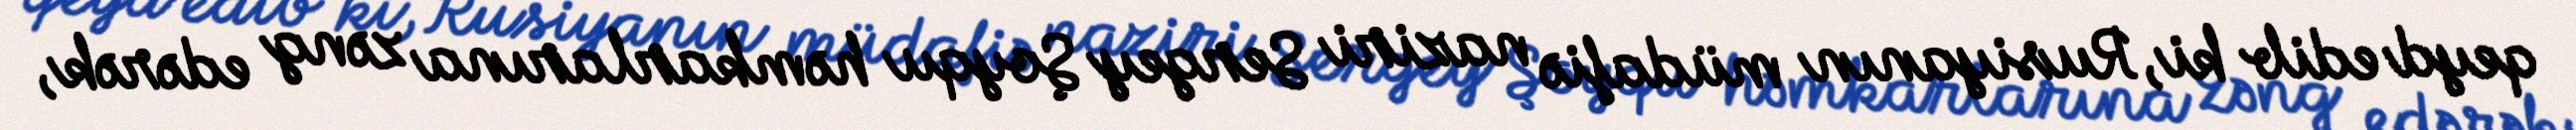
qeyd edib ki, Rusiyanın müdafiə naziri Sergey Şoyqu həmkarlarına zəng edərək,